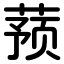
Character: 蓣